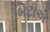
બિટાએ